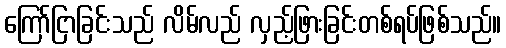
ကြော်ငြာခြင်းသည် လိမ်လည် လှည့်ဖြားခြင်းတစ်ရပ်ဖြစ်သည်။